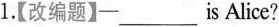
1.【改编题】─___is Alice?